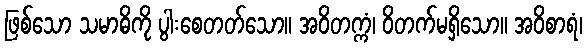
ဖြစ်သော သမာဓိကို ပွါးစေတတ်သော။ အဝိတက္ကံ၊ ဝိတက်မရှိသော။ အဝိစာရံ၊